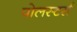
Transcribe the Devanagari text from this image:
पोलस्टर्स